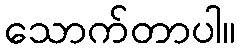
သောက်တာပါ။